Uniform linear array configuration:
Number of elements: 4
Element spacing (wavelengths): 0.25
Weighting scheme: kaiser
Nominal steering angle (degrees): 0
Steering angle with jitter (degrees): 1.901
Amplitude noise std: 0.05
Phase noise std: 0.05

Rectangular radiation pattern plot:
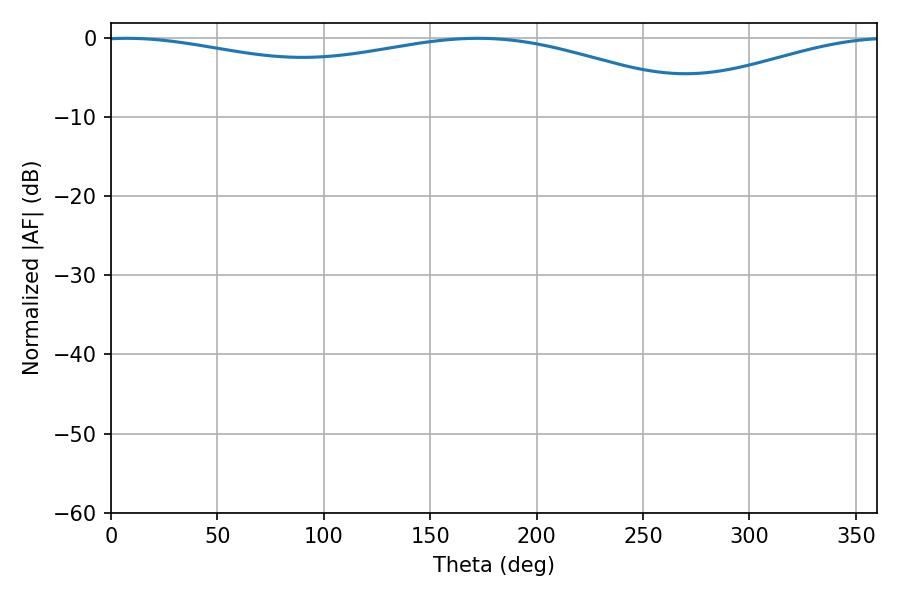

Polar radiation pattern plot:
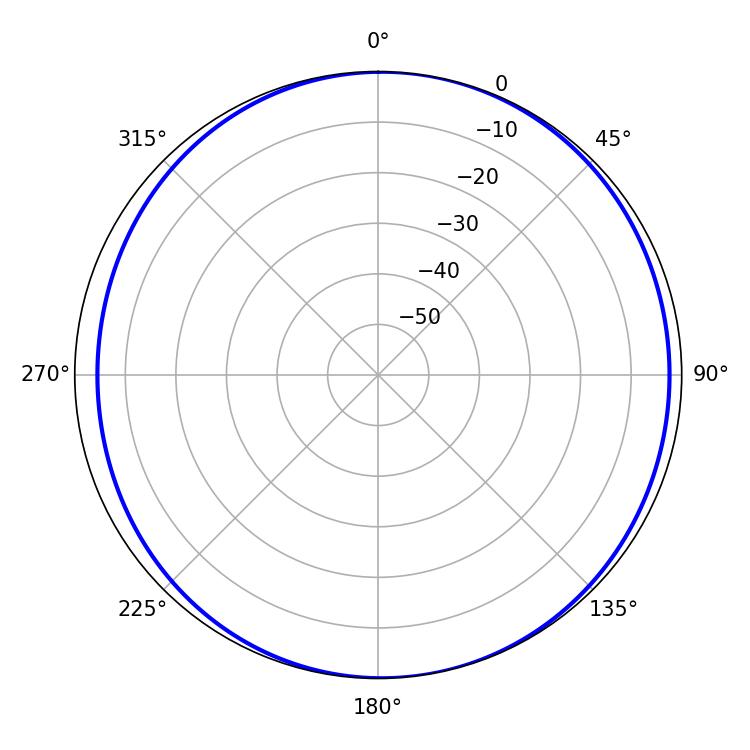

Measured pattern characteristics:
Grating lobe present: FALSE
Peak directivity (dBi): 7.055
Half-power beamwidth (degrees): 234.54
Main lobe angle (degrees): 7.56